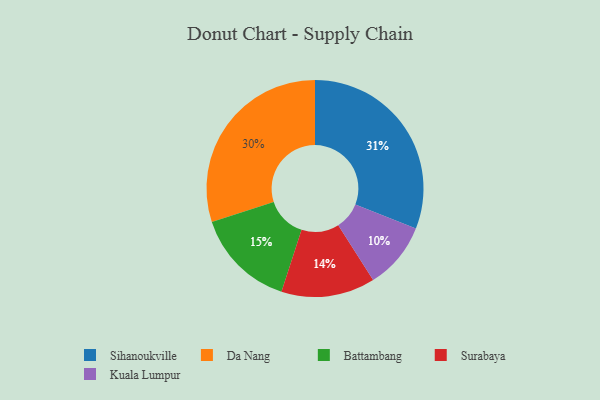
{"axis": {"x": "Category", "y": "Percentage"}, "legend": ["Battambang", "Da Nang", "Kuala Lumpur", "Sihanoukville", "Surabaya"], "data": [{"x": "Battambang", "y": 15, "type": "Battambang"}, {"x": "Kuala Lumpur", "y": 10, "type": "Kuala Lumpur"}, {"x": "Surabaya", "y": 14, "type": "Surabaya"}, {"x": "Sihanoukville", "y": 31, "type": "Sihanoukville"}, {"x": "Da Nang", "y": 30, "type": "Da Nang"}]}